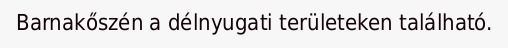
Barnakőszén a délnyugati területeken található.